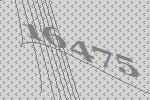
16475